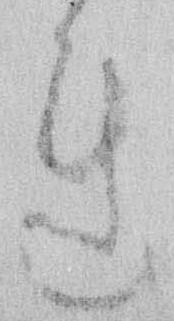
れ